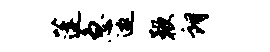
蓬急邀鞭朗